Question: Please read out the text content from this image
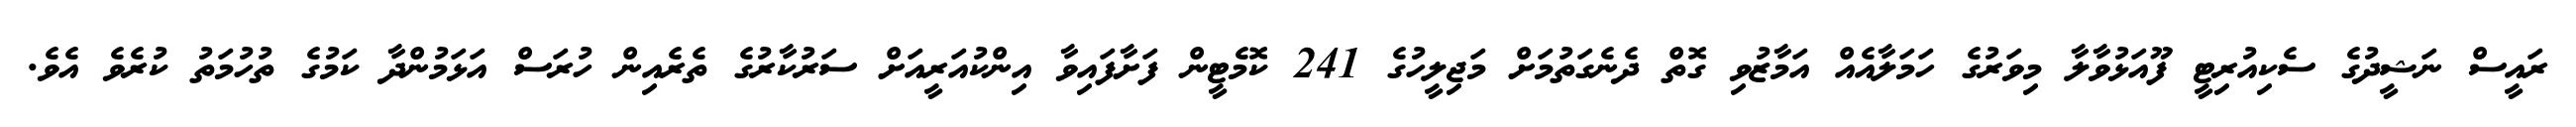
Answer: ރައީސް ނަޝީދުގެ ސެކިއުރިޓީ ފޫއަޅުވާލާ މިވަރުގެ ހަމަލާއެއް އަމާޒުވި ގޮތް ދެނެގަތުމަށް މަޖިލީހުގެ 241 ކޮމެޓީން ފަށާފައިވާ އިންކުއަރީއަށް ސަރުކާރުގެ ތެރެއިން ހުރަސް އަޅަމުންދާ ކަމުގެ ތުހުމަތު ކުރެވެ އެވެ.